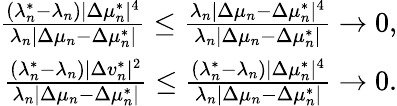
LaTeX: \begin{array}{r}{\frac{(\lambda_{n}^{*}-\lambda_{n})|\Delta\mu_{n}^{*}|^{4}}{\lambda_{n}|\Delta\mu_{n}-\Delta\mu_{n}^{*}|}\leq\frac{\lambda_{n}|\Delta\mu_{n}-\Delta\mu_{n}^{*}|^{4}}{\lambda_{n}|\Delta\mu_{n}-\Delta\mu_{n}^{*}|}\to 0,}\\ {\frac{(\lambda_{n}^{*}-\lambda_{n})|\Delta v_{n}^{*}|^{2}}{\lambda_{n}|\Delta\mu_{n}-\Delta\mu_{n}^{*}|}\leq\frac{(\lambda_{n}^{*}-\lambda_{n})|\Delta\mu_{n}^{*}|^{4}}{\lambda_{n}|\Delta\mu_{n}-\Delta\mu_{n}^{*}|}\to 0.}\end{array}